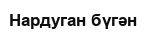
Нардуган бүгән